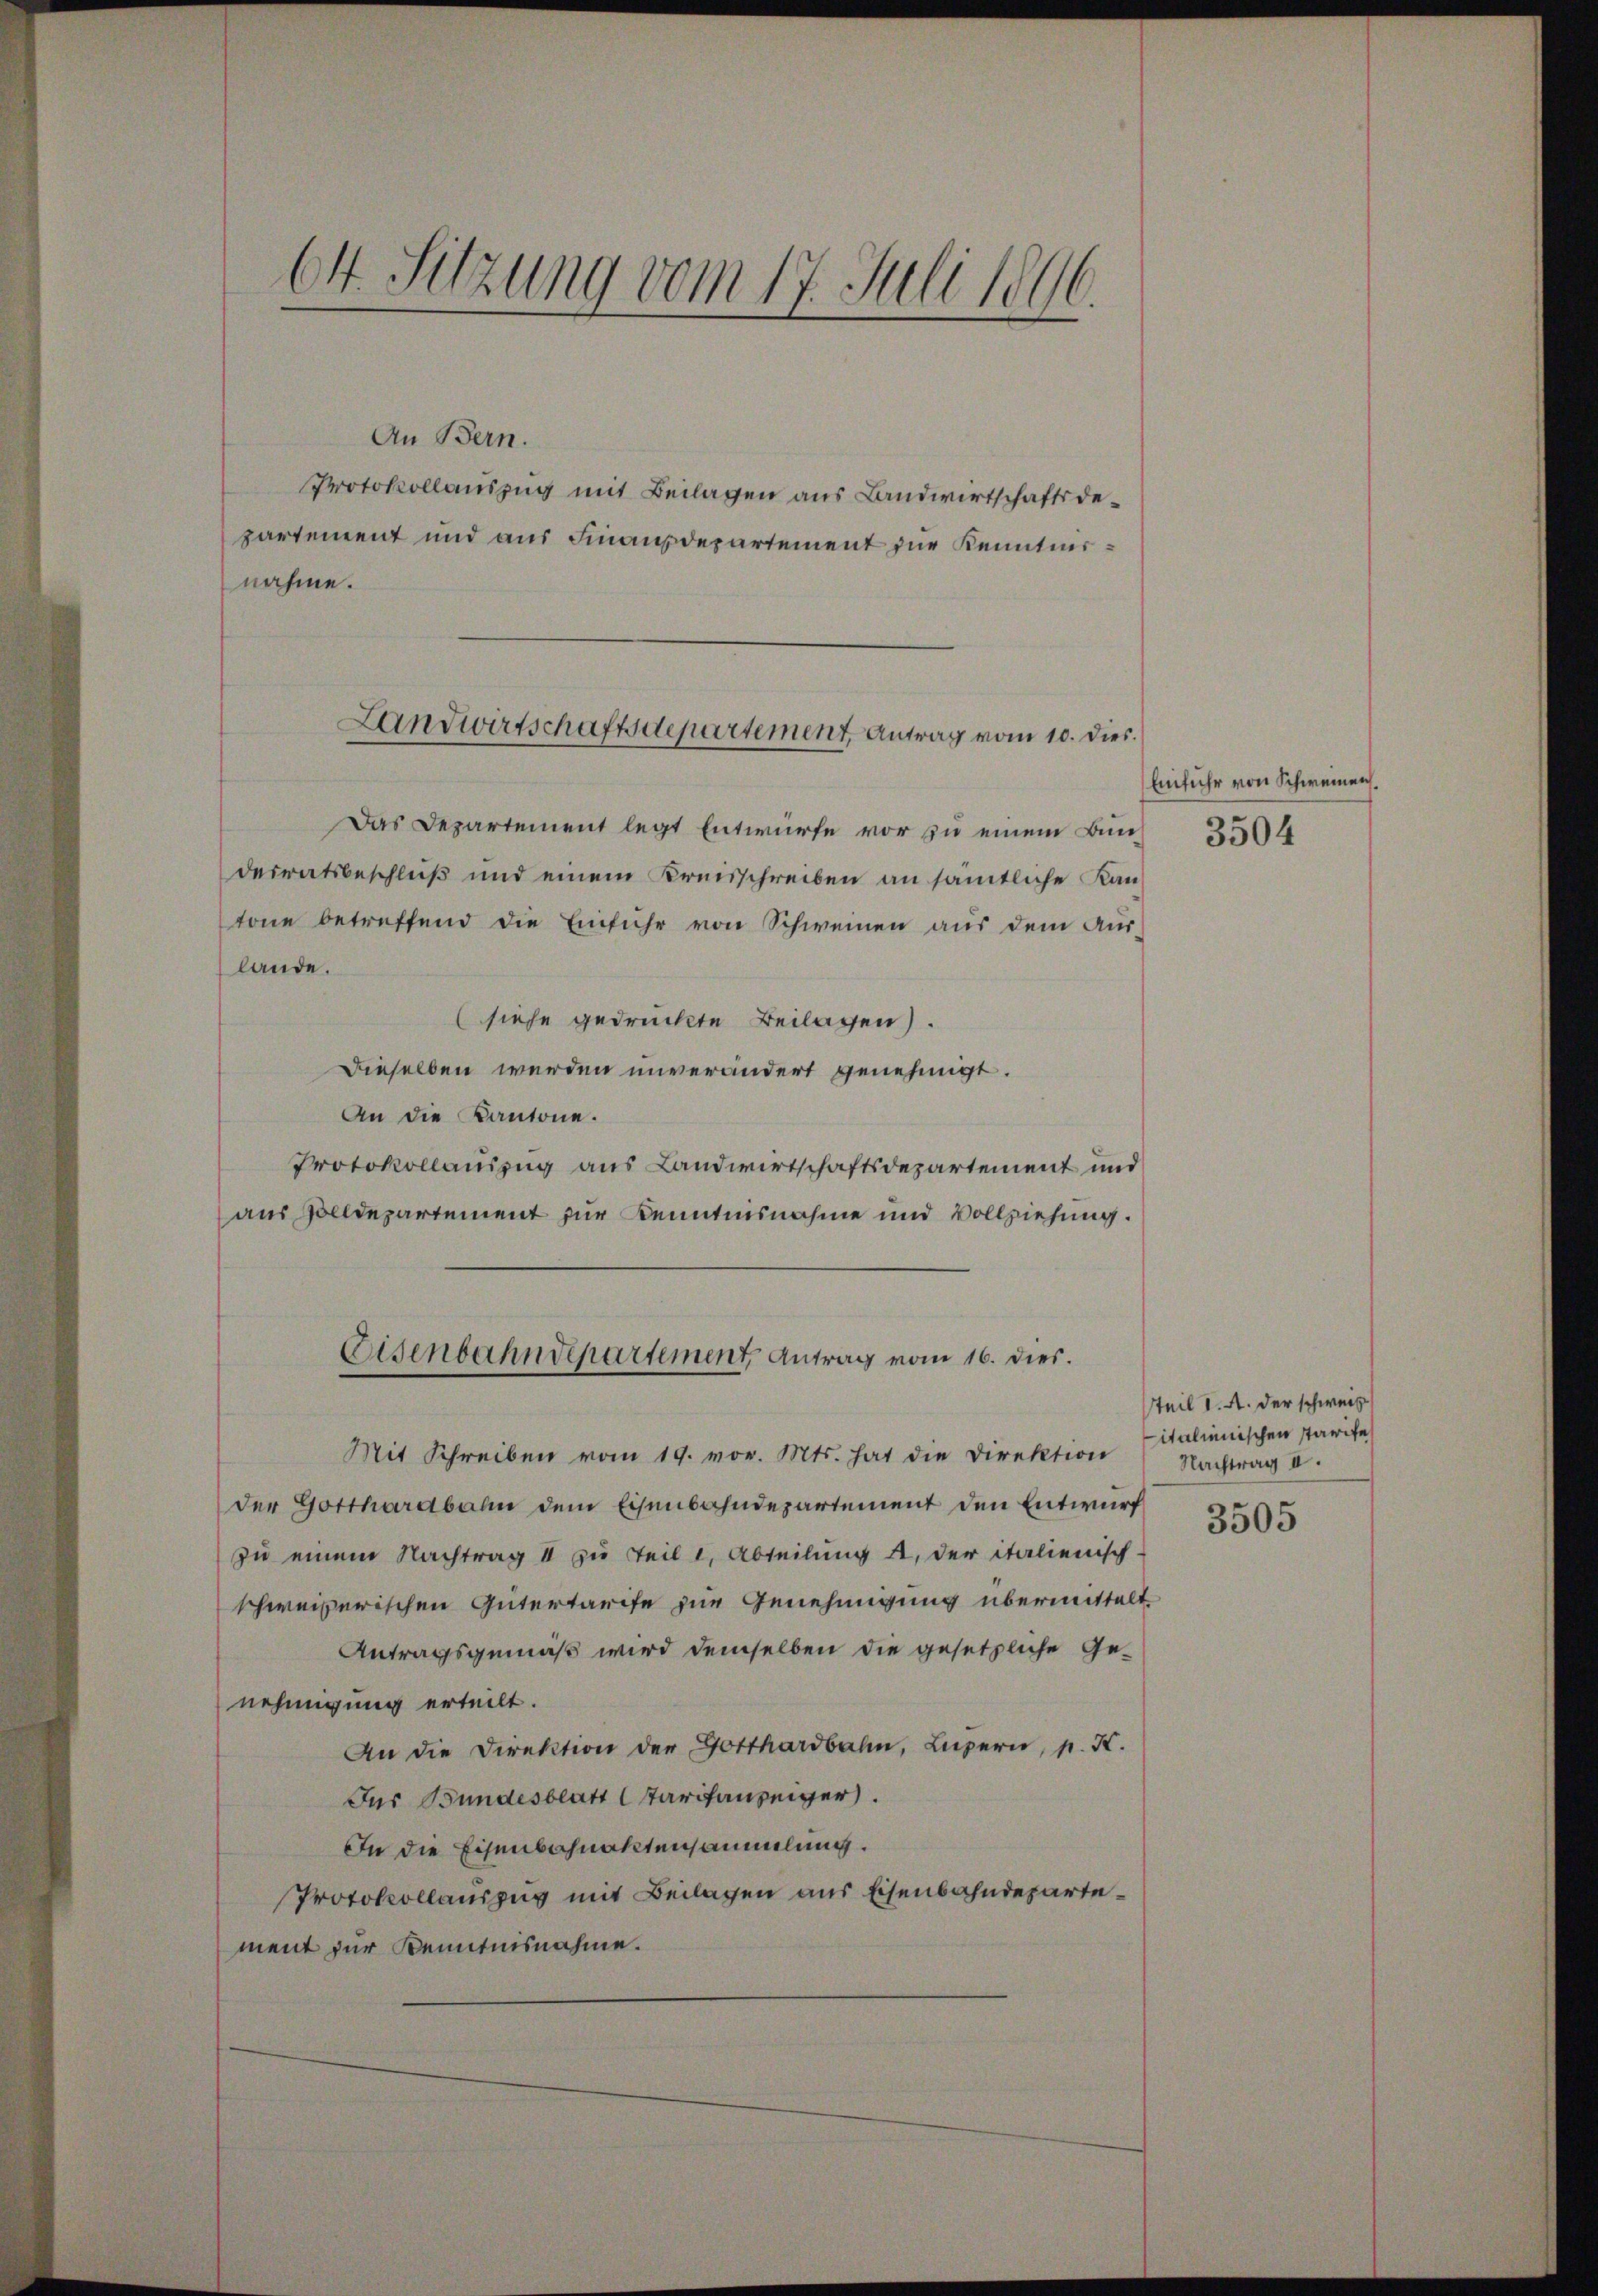
64. Sitzung vom 17. Juli 1896.

An Bern.
Protokollauszug mit Beilagen aus Landwirtschaftsdepartement und aus Finanzdepartement zur Kenntnisnahme.

Landwirtschaftsdepartement, Antrag vom 10. dies.

Das Departement legt Entwurfe vor zu einem Bun-
desratsbeschluß und einem Kreisschreiben an sämtliche Kantone betreffend die Einführ von Schweinen aus dem Auslande.
siehe gedruckte Beilagen).
Dieselben werden unverändert genehmigt.
An die Kantone.
Protokollauszug aus Landwirtschaftsdepartement und
aus Zolldepartement zur Kenntnisnahme und Vollziehung.
Mit Schreiben vom 19. vor. Mts. hat die Direktion
der Gotthardbahn dem Eisenbahndepartement den Entwurf
zu einem Nachtrag II zu Teil 1, Abteilung 4, der italienisch-
schweizerischen Gütertarife zur Genehmigung übermittelt
Antragsgemäß wird demselben die gesetzliche Ge-
nehmigung erteilt.
An die Direktion der Gotthardbahn, Luzern, p. K.
Für Bundesblatt Tarifanzeiger.
In die Eisenbahnaktensammlung.
Protokollauszug mit Beilagen aus Eisenbahndepartement zur Kenntnisnahme.

Eisenbahndepartement Antrag vom 16. dies.

Einfuhr von Schweinen.
3504

teil 1. A. der schweiz
italienischen starife
Nachtrag II.

3505